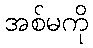
အစ်မကို